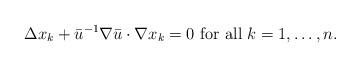
LaTeX: \begin{align*}\Delta x_k + \bar u^{-1} \nabla \bar u \cdot \nabla x_k=0 \mbox{ for all } k =1, \dots, n.\end{align*}